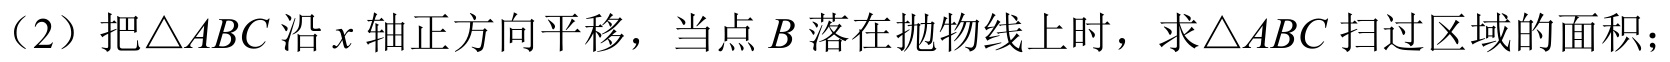
（2）把\(\triangle ABC\)沿\(x\)轴正方向平移，当点\(B\)落在抛物线上时，求\(\triangle ABC\)扫过区域的面积；